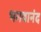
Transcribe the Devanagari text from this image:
भगवानंद